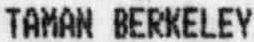
TAMAN BERKELEY